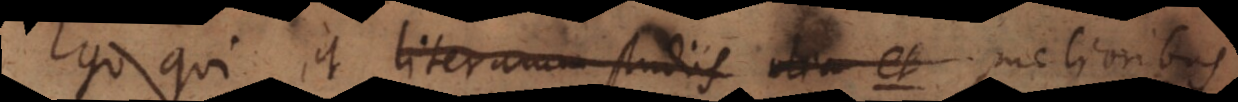
Ego qui et literarum studiis olim et melioribus